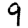
Digit: 9